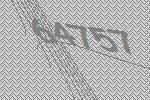
64757